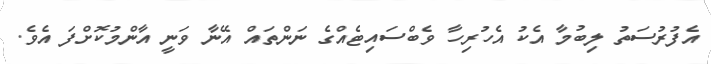
އެފުރުސަތު ލިބުމާ އެކު އެހުރިހާ ވެބްސައިޓެއްގެ ނަންތައް އޭނާ ވަނީ އާންމުކޮށްފަ އެވެ.